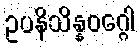
ဥပနိသိန္နဝဂ္ဂေါ